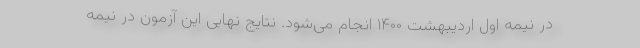
در نیمه اول اردیبهشت ۱۴۰۰ انجام می‌شود. نتایج نهایی این آزمون در نیمه